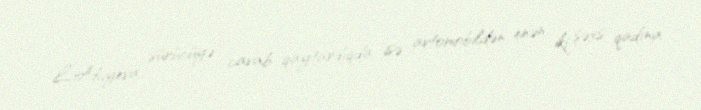
L.Abıyeva sürücüyə cavab qaytardıqda isə avtomobildən enən iki şəxs qadına